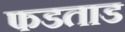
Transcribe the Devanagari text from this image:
फडताड